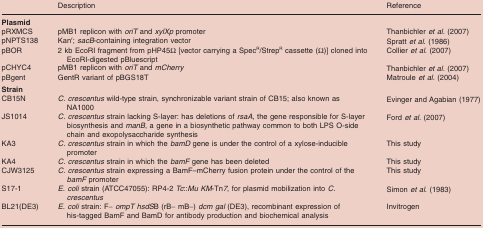
<table><thead><tr><td></td><td><b>Description</b></td><td><b>Reference</b></td></tr></thead><tbody><tr><td><b>Plasmid</b></td><td></td><td></td></tr><tr><td>pRXMCS</td><td>pMB1 replicon with <i>oriT</i> and <i>xylXp</i> promoter</td><td>Thanbichler <i>et al.</i> (2007)</td></tr><tr><td>pNPTS138</td><td>Kan<sup>r</sup>; <i>sacB</i>-containing integration vector</td><td>Spratt <i>et al</i>. (1986)</td></tr><tr><td>pBOR</td><td>2 kb EcoRI fragment from pHP45Ω[vector carrying a Spec<sup>R</sup>/Strep<sup>R</sup> cassette (Ω)] cloned into EcoRI-digested pBluescript</td><td>Collier <i>et al</i>. (2007)</td></tr><tr><td>pCHYC4</td><td>pMB1 replicon with <i>oriT</i> and <i>mCherry</i></td><td>Thanbichler <i>et al.</i> (2007)</td></tr><tr><td>pBgent</td><td>GentR variant of pBGS18T</td><td>Matroule <i>et al</i>. (2004)</td></tr><tr><td><b>Strain</b></td><td></td><td></td></tr><tr><td>CB15N</td><td><i>C. crescentus</i> wild-type strain, synchronizable variant strain of CB15; also known as NA1000</td><td>Evinger and Agabian (1977)</td></tr><tr><td>JS1014</td><td><i>C. crescentus</i> strain lacking S-layer: has deletions of <i>rsaA</i>, the gene responsible for S-layer biosynthesis and <i>manB</i>, a gene in a biosynthetic pathway common to both LPS O-side chain and exopolysaccharide synthesis</td><td>Ford <i>et al.</i> (2007)</td></tr><tr><td>KA3</td><td><i>C. crescentus</i> strain in which the <i>bamD</i> gene is under the control of a xylose-inducible promoter</td><td>This study</td></tr><tr><td>KA4</td><td><i>C. crescentus</i> strain in which the <i>bamF</i> gene has been deleted</td><td>This study</td></tr><tr><td>CJW3125</td><td><i>C. crescentus</i> strain expressing a BamF–mCherry fusion protein under the control of the <i>bamF</i> promoter</td><td>This study</td></tr><tr><td>S17-1</td><td><i>E. coli</i> strain (ATCC47055): RP4-2 <i>Tc</i>::<i>Mu KM</i>-Tn<i>7</i>, for plasmid mobilization into <i>C. crescentus</i></td><td>Simon <i>et al</i>. (1983)</td></tr><tr><td>BL21(DE3)</td><td><i>E. coli</i> strain: F−<i>ompT hsdS</i>B (rB− mB−) <i>dcm gal</i> (DE3), recombinant expression of his-tagged BamF and BamD for antibody production and biochemical analysis</td><td>Invitrogen</td></tr></tbody></table>